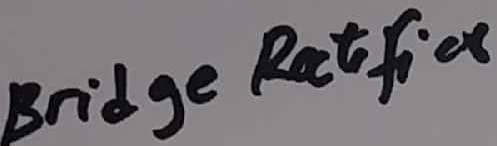
Text: Bridge Ractifier